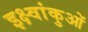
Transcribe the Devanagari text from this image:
इक्ष्वांकुओं